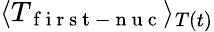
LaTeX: \langle T_{\mathrm{~f~i~r~s~t~-~n~u~c~}}\rangle_{T(t)}